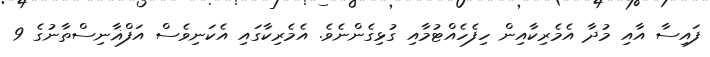
ފައިސާ އާއި މުދާ އެމެރިކާއިން ހިފެހެއްޓުމާއި ގުޅިގެންނެވެ. އެމެރިކާގައި އެކަނިވެސް އަފްޣާނިސްތާނުގެ 9